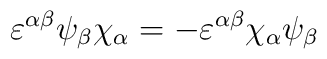
\varepsilon^{\alpha\beta} \psi_\beta \chi_\alpha =  -\varepsilon^{\alpha\beta} \chi_\alpha \psi_\beta